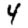
Digit: 4